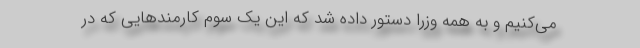
می‌کنیم و به همه وزرا دستور داده شد که این یک سوم کارمندهایی که در